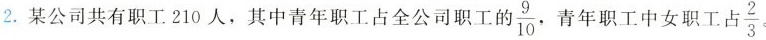
2.某公司共有职工210人，其中青年职工占全公司职工的 $$\frac{9}{10},$$ }，青年职工中女职工 $$\frac{2}{3}。